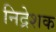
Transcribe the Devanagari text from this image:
निद्रेशक